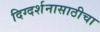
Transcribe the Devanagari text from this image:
दिग्दर्शनासाठीचा